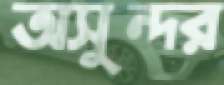
অসুন্দর